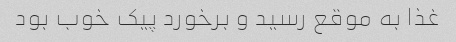
غذا به موقع رسید و برخورد پیک خوب بود